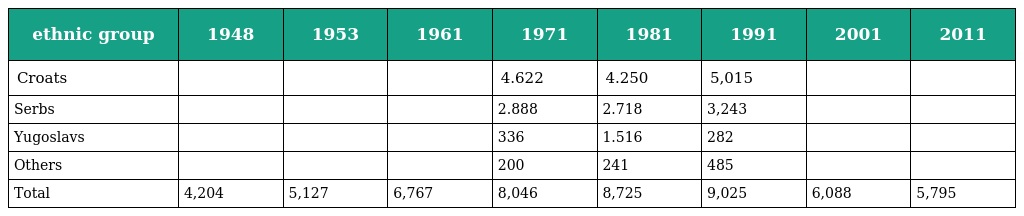
| ethnic group | 1948 | 1953 | 1961 | 1971 | 1981 | 1991 | 2001 | 2011 |
 | --- | --- | --- | --- | --- | --- | --- | --- | --- |
 | Croats |  |  |  | 4.622 | 4.250 | 5,015 |  |  |
 | Serbs |  |  |  | 2.888 | 2.718 | 3,243 |  |  |
 | Yugoslavs |  |  |  | 336 | 1.516 | 282 |  |  |
 | Others |  |  |  | 200 | 241 | 485 |  |  |
 | Total | 4,204 | 5,127 | 6,767 | 8,046 | 8,725 | 9,025 | 6,088 | 5,795 |